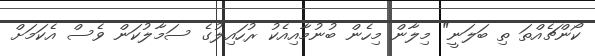
ކޯންޗެއްތަ ތި ބަލަނީ" މިލާން މިހެން ބުނުމާއިއެކު ރުހައިލުގެ ސަމާލުކަން ވެސް އެކަމަށް